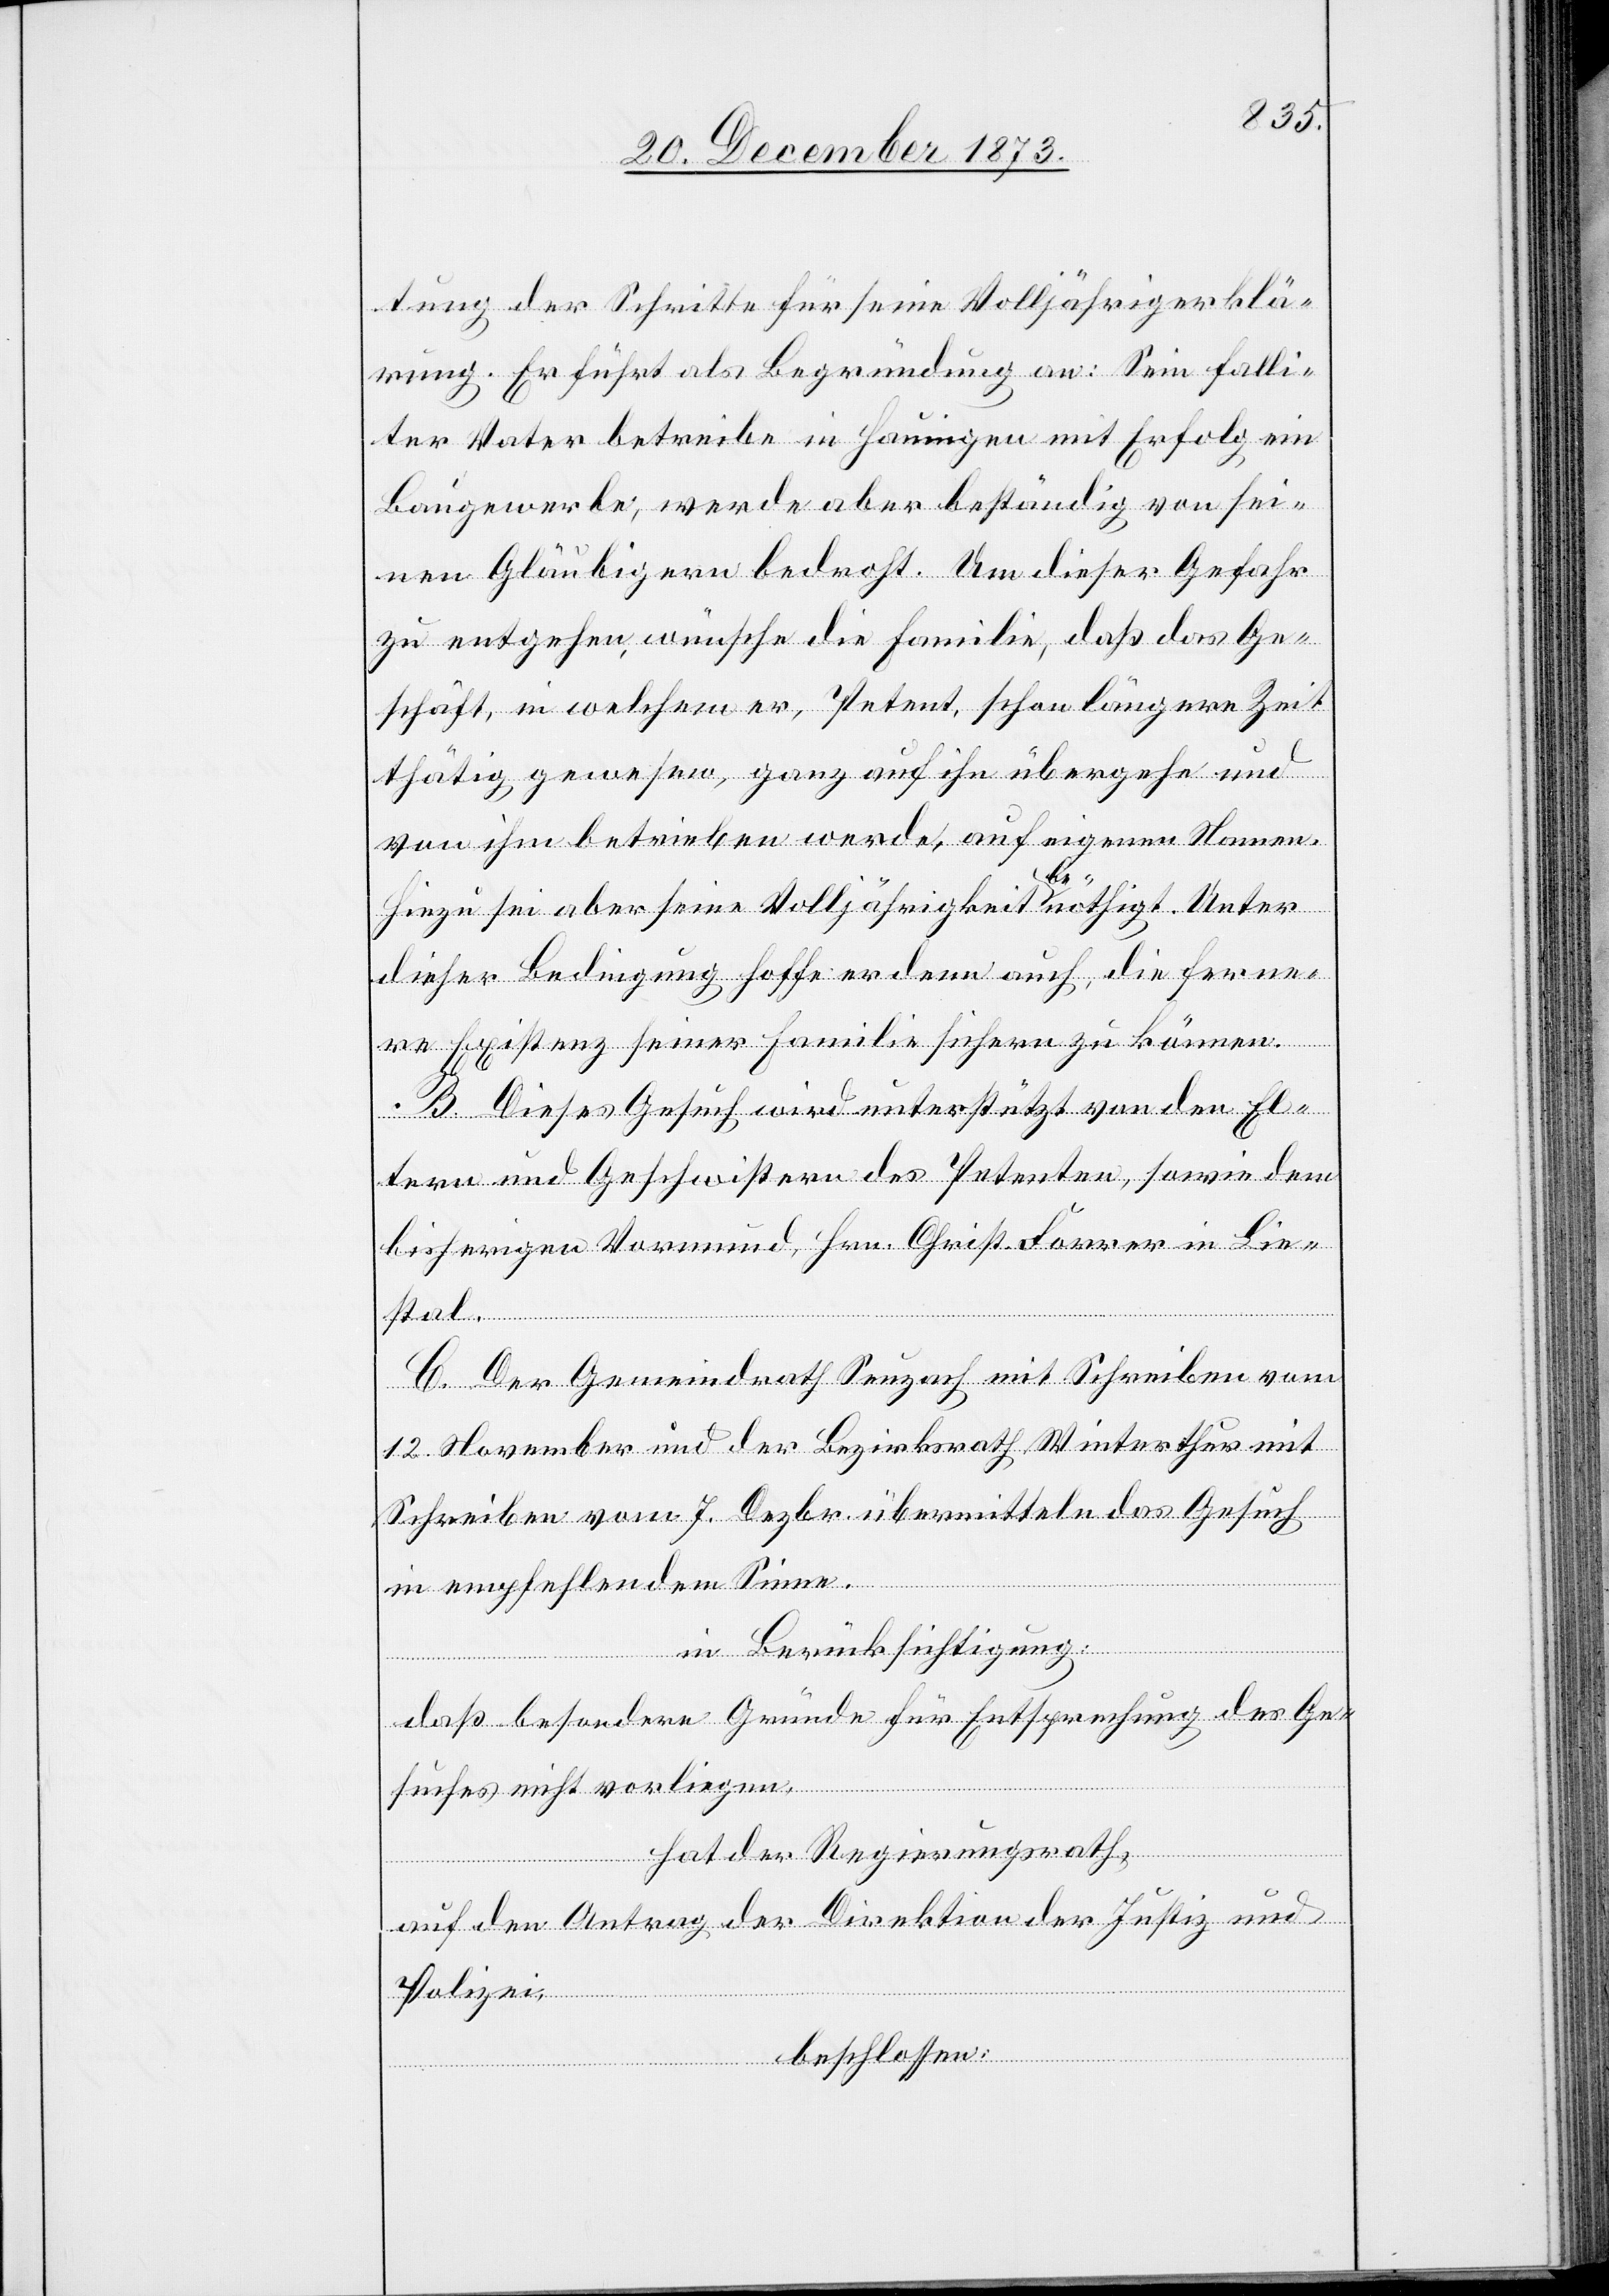
tung der Schritte für seine Volljährigerklä¬
rung. Er führt als Begründung an: Sein falli¬
ter Vater betreibe in Hauingen mit Erfolg ein
Baugewerbe, werde aber beständig von sei¬
nen Gläubigern bedroht. Um dieser Gefahr
zu entgehen, wünsche die Familie, daß das Ge¬
schäft, in welchem er, Petent, schon längere Zeit
thätig gewesen, ganz auf ihn übergehe und
von ihm betrieben werde, auf eigenen Namen.
Hiezu sei aber seine Volljährigkeit benöthigt. Unter
dieser Bedingung hoffe er denn auch, die ferne¬
re Existenz seiner Familie sichern zu können.
B. Dieses Gesuch wird unterstützt von den El¬
tern und Geschwistern des Petenten, sowie dem
bisherigen Vormund, Hrn. Christ. Forrer in Lie¬
stal.
C. Der Gemeindrath Seuzach mit Schreiben vom
12. November und der Bezirksrath Winterthur mit
Schreiben vom 7. Dezbr. übermitteln das Gesuch
in empfehlendem Sinne.
in Berücksichtigung:
daß besondere Gründe für Entsprechung des Ge¬
suches nicht vorliegen,
hat der Regierungsrath,
auf den Antrag der Direktion der Justiz und
Polizei,
beschlossen: